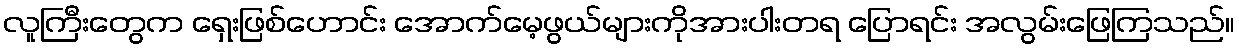
လူကြီးတွေက ရှေးဖြစ်ဟောင်း အောက်မေ့ဖွယ်များကိုအားပါးတရ ပြောရင်း အလွမ်းဖြေကြသည်။